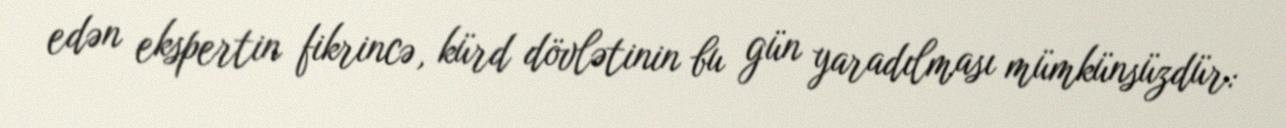
edən ekspertin fikrincə, kürd dövlətinin bu gün yaradılması mümkünsüzdür: